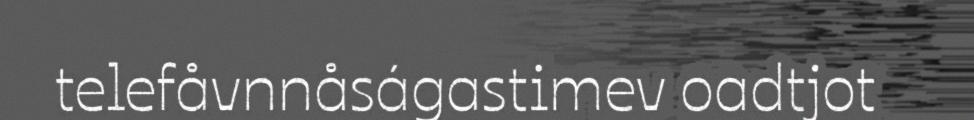
telefåvnnåságastimev oadtjot